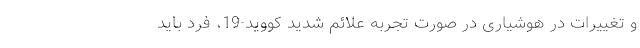
و تغییرات در هوشیاری در صورت تجربه علائم شدید کووید-19، فرد باید